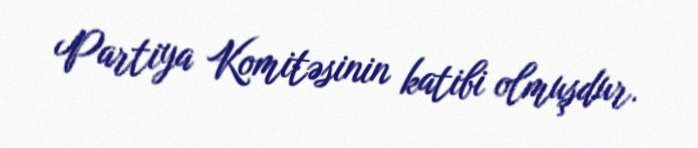
Partiya Komitəsinin katibi olmuşdur.